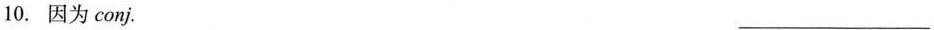
10.因为conj. ___